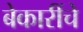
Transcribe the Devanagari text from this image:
बेकारींचे